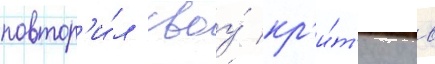
повтор'и́л своу́ кр'и́т'ику в